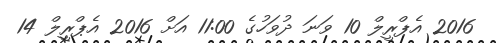
2016 އެޕްރީލް 10 ވަނަ ދުވަހުގެ 11:00 އަށް 2016 އެޕްރީލް 14